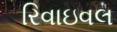
રિવાઇવલ